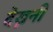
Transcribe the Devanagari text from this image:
देख्ननी